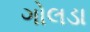
ગોલડા